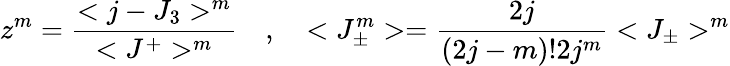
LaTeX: z^{m}=\frac{<j-J_{3}>^{m}}{<J^{+}>^{m}}\quad,\quad<J_{\pm}^{m}>=\frac{2j}{(2j-m)!2j^{m}}<J_{\pm}>^{m}